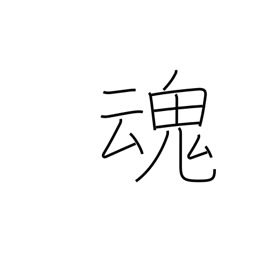
Meaning: soul